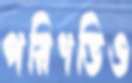
পরিণতিও